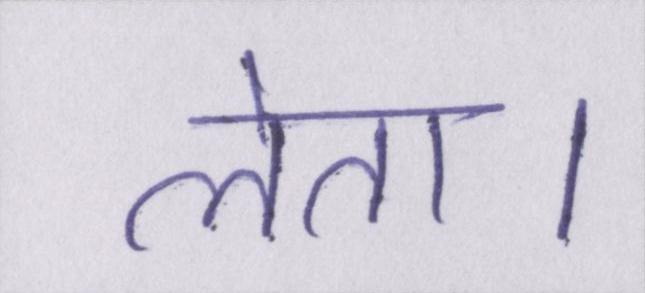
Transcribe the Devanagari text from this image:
लेता।